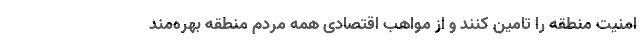
امنیت منطقه را تامین کنند و از مواهب اقتصادی همه مردم منطقه بهره‌مند